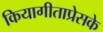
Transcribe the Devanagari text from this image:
कियागीताप्रेसके